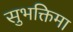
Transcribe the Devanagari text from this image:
सुभक्तिमा